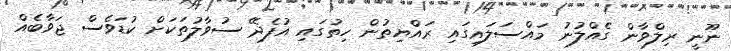
ނޫނީ ރިލްވާން ގެއްލުނު މައްސަލައިގައި ރައްޔިތުން ހިތުގައި އުފެދޭ ސުވާލުތަކަށް ކުޑަވެސް ޖަވާބެއް